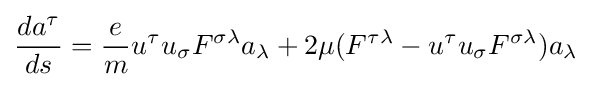
{\frac {da^{\tau }}{ds}}={\frac {e}{m}}u^{\tau }u_{\sigma }F^{\sigma \lambda }a_{\lambda }+2\mu (F^{\tau \lambda }-u^{\tau }u_{\sigma }F^{\sigma \lambda })a_{\lambda }